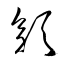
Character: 彰